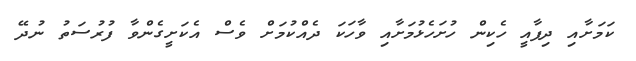
ކަމަށާއި ދިފާއީ ހެކިން ހުށަހެޅުމަށާއި ވާހަކަ ދެއްކުމަށް ވެސް އެކަށީގެންވާ ފުރުސަތު ނުދޭ